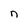
Character: n